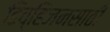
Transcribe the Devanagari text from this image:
डिव्हिजनसाठी